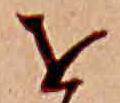
を